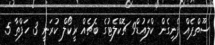
ސޫތްޕެއް ފެނިގެން ކްލައުޑް9 ޗޮކްލެޓުގެ ބެޗެއް ރީކޯލް ކުރަނީ 3 ހަފްތާ 5